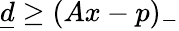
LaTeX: \underline{d}\geq(Ax-p)_{-}